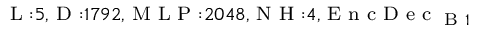
_ { \textrm { L } : 5 , \textrm { D } : 1 7 9 2 , \textrm { M L P } : 2 0 4 8 , \textrm { N H } : 4 , \textrm { E n c D e c } _ { \textrm { B } 1 } }